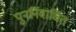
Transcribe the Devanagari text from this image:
पुनर्निवार्चित